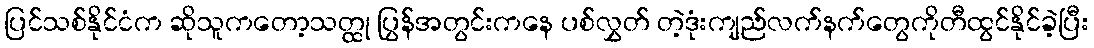
ပြင်သစ်နိုင်ငံက ဆိုသူကတော့သတ္ထု ပြွန်အတွင်းကနေ ပစ်လွှတ် တဲ့ဒုံးကျည်လက်နက်တွေကိုတီထွင်နိုင်ခဲ့ပြီး